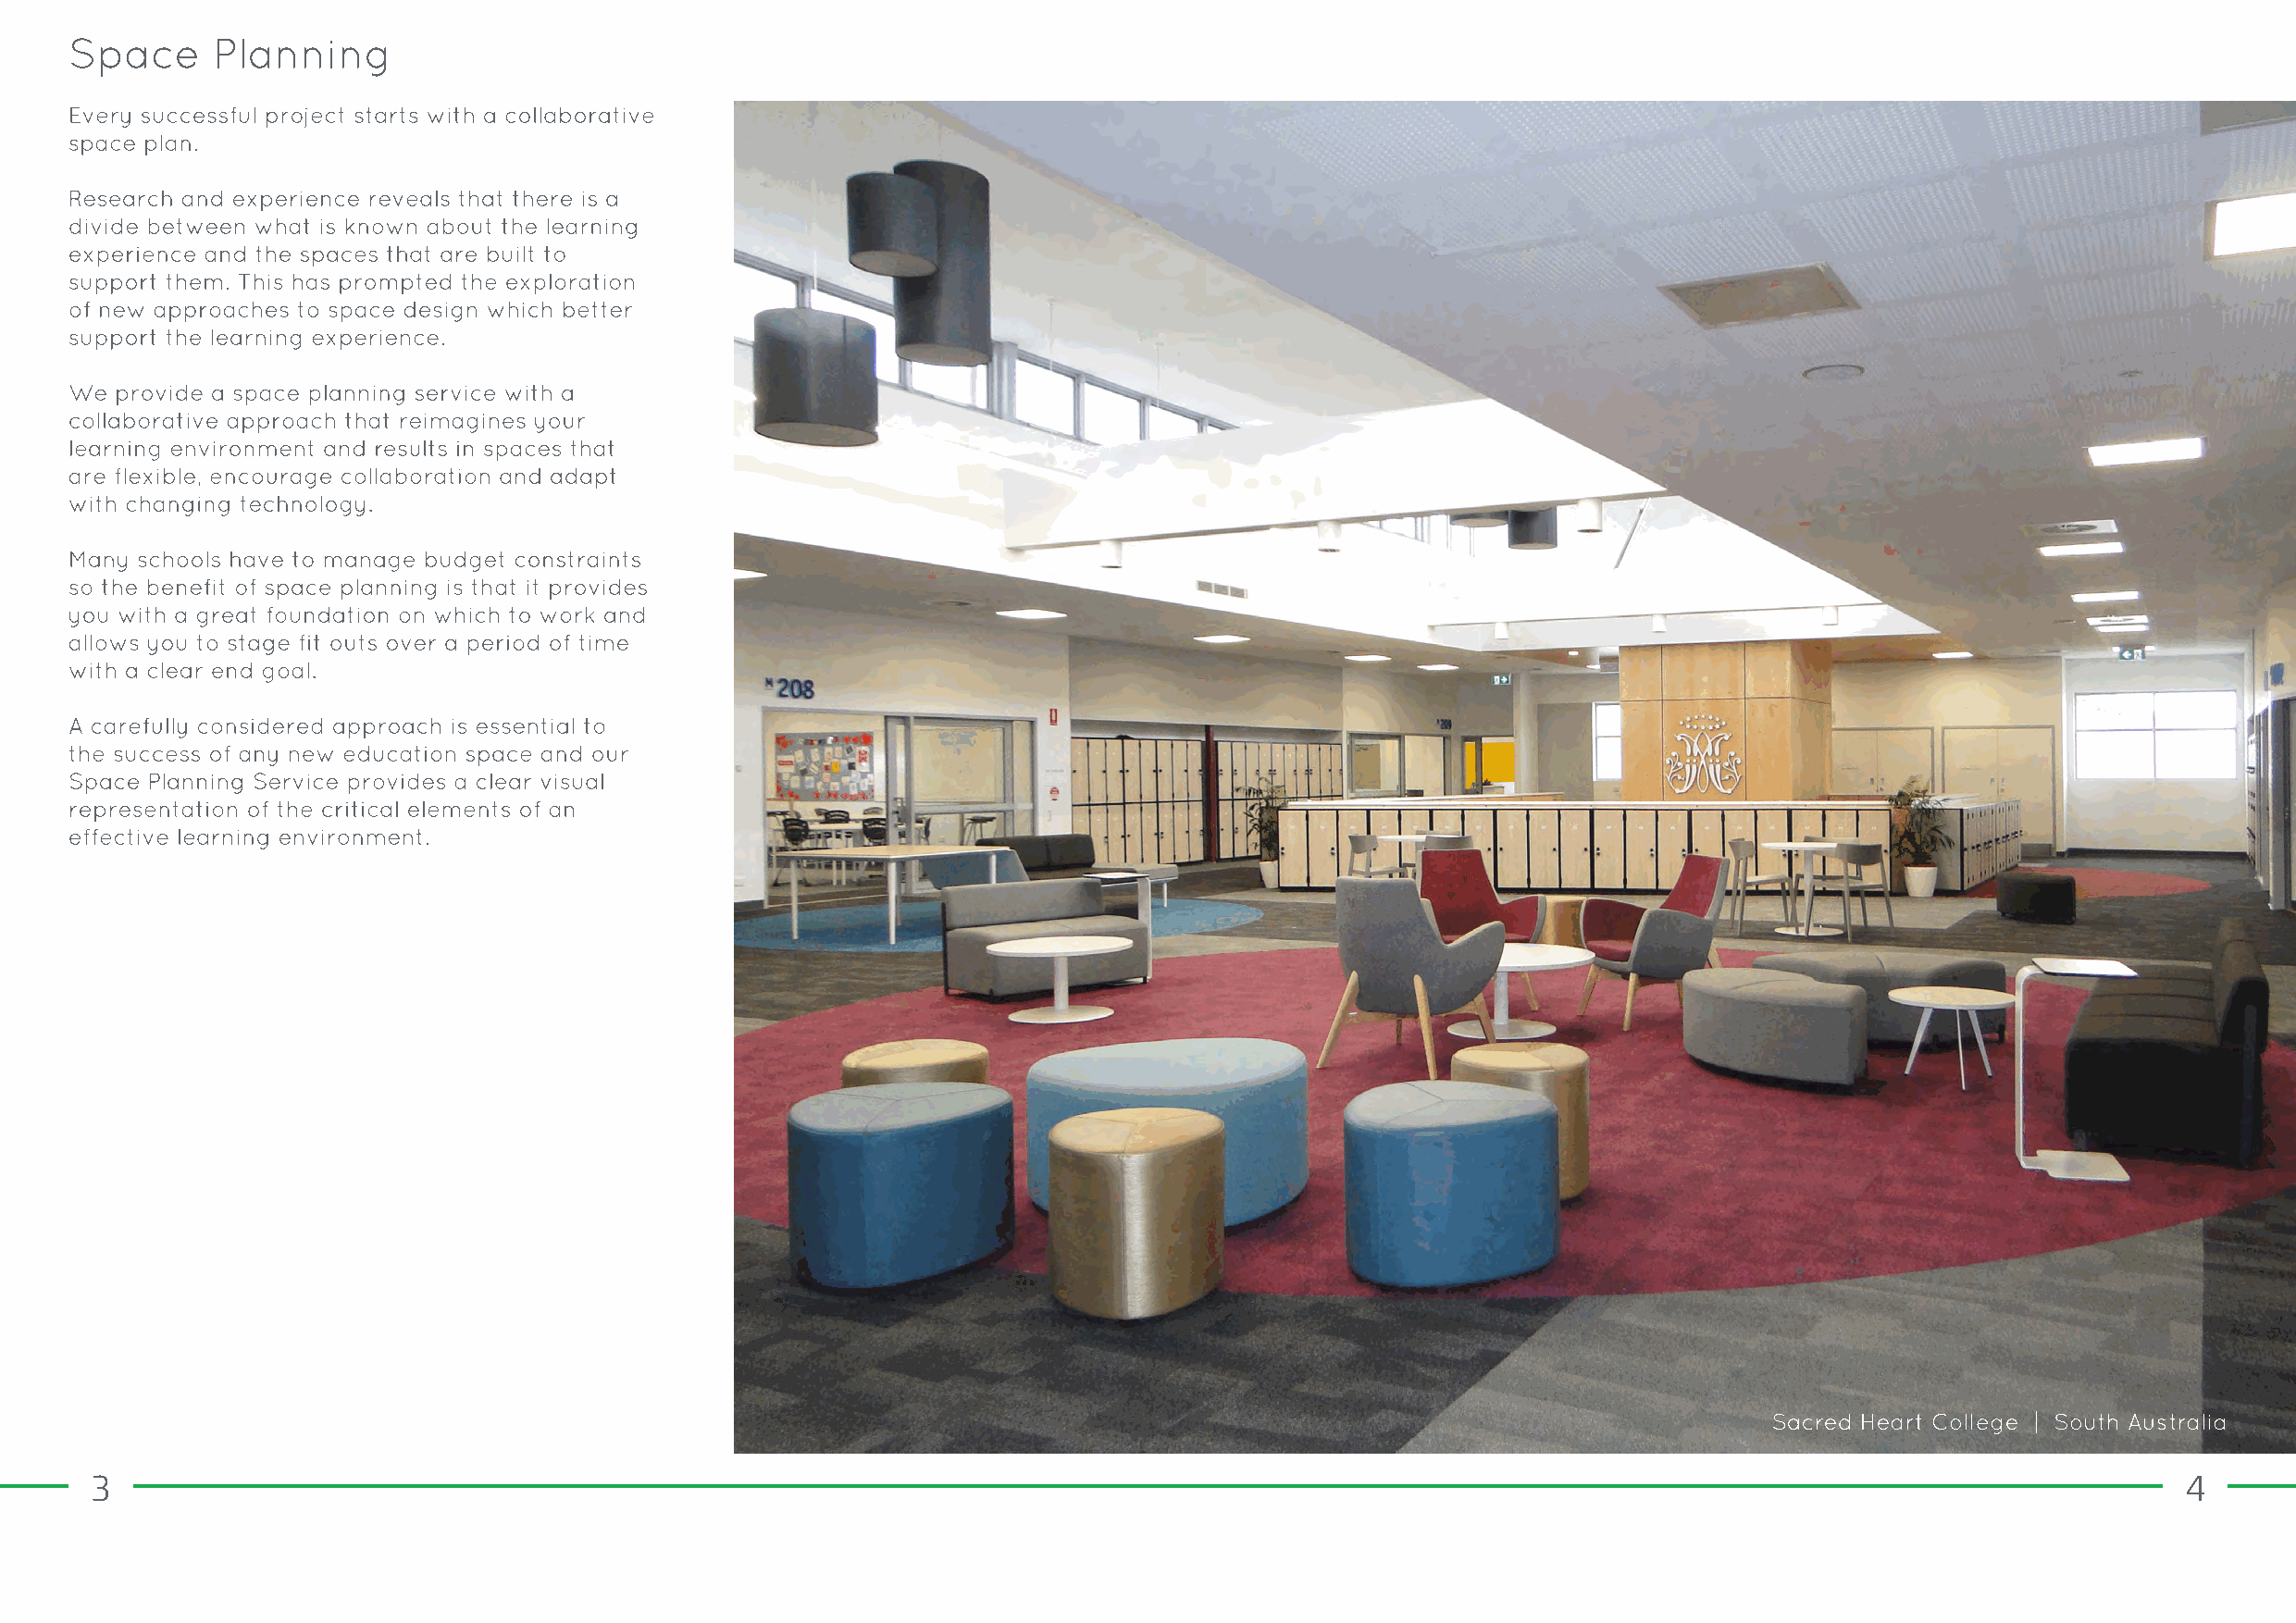
3                                                                                                                                                    4